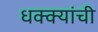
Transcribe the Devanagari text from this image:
धक्क्यांची